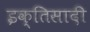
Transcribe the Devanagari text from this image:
इक्तिसादी